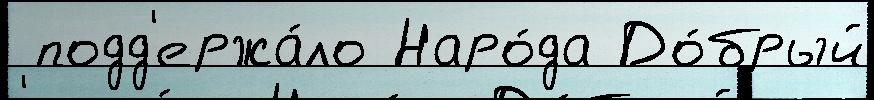
 подд'ержа́ло Наро́да До́брый